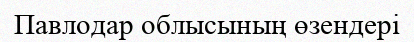
Павлодар облысының өзендері